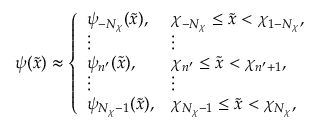
\psi ( \tilde { x } ) \approx \left\{ \begin{array} { l l } { \psi _ { { - } N _ { \chi } } ( \tilde { x } ) , } & { \chi _ { { - } N _ { \chi } } \leq \tilde { x } < \chi _ { 1 { - } N _ { \chi } } , } \\ { \vdots } & { \vdots } \\ { \psi _ { n ^ { \prime } } ( \tilde { x } ) , } & { \chi _ { n ^ { \prime } } \leq \tilde { x } < \chi _ { n ^ { \prime } + 1 } , } \\ { \vdots } & { \vdots } \\ { \psi _ { N _ { \chi } { - } 1 } ( \tilde { x } ) , } & { \chi _ { N _ { \chi } { - } 1 } \leq \tilde { x } < \chi _ { N _ { \chi } } , } \end{array} \right.